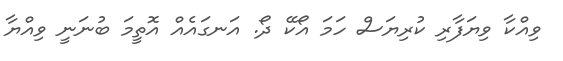
ވިއްކާ ވިޔަފާރި ކުރިޔަސް ހަމަ އޯކޭ ދޯ. އަނގައެއް އޮތީމަ ބުނަނީ ވިއްޔާ